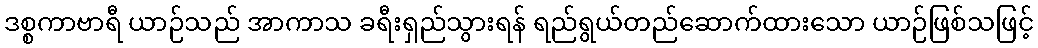
ဒစ္စကာဗာရီ ယာဉ်သည် အာကာသ ခရီးရှည်သွားရန် ရည်ရွယ်တည်ဆောက်ထားသော ယာဉ်ဖြစ်သဖြင့်